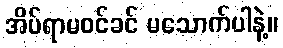
အိပ်ရာမဝင်ခင် မသောက်ပါနဲ့။